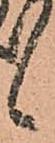
候